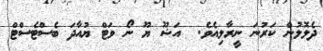
ދެލޮލުން ކަރުނަ ނީރާލިއެވެ.  އަޝޫ ޔޫ ނޯ ވަޓް ޔުއާދަ ބެސްޓެސްޓް